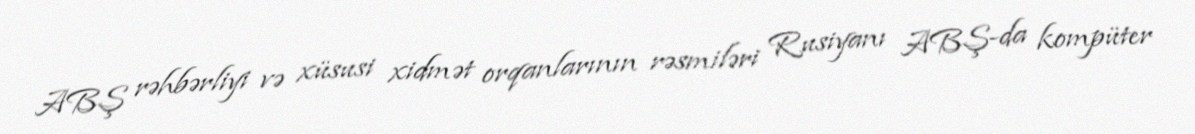
ABŞ rəhbərliyi və xüsusi xidmət orqanlarının rəsmiləri Rusiyanı ABŞ-da kompüter